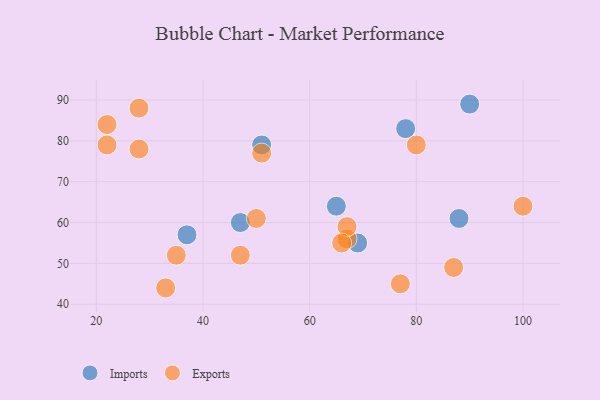
{"axis": {"x": "GDP", "y": "Life Expectancy"}, "legend": ["Exports", "Imports"], "data": [{"x": "47", "y": 60, "type": "Imports"}, {"x": "88", "y": 61, "type": "Imports"}, {"x": "37", "y": 57, "type": "Imports"}, {"x": "65", "y": 64, "type": "Imports"}, {"x": "69", "y": 55, "type": "Imports"}, {"x": "78", "y": 83, "type": "Imports"}, {"x": "90", "y": 89, "type": "Imports"}, {"x": "51", "y": 79, "type": "Imports"}, {"x": "51", "y": 77, "type": "Exports"}, {"x": "33", "y": 44, "type": "Exports"}, {"x": "67", "y": 56, "type": "Exports"}, {"x": "67", "y": 59, "type": "Exports"}, {"x": "66", "y": 55, "type": "Exports"}, {"x": "47", "y": 52, "type": "Exports"}, {"x": "28", "y": 88, "type": "Exports"}, {"x": "22", "y": 79, "type": "Exports"}, {"x": "28", "y": 78, "type": "Exports"}, {"x": "35", "y": 52, "type": "Exports"}, {"x": "87", "y": 49, "type": "Exports"}, {"x": "100", "y": 64, "type": "Exports"}, {"x": "80", "y": 79, "type": "Exports"}, {"x": "77", "y": 45, "type": "Exports"}, {"x": "50", "y": 61, "type": "Exports"}, {"x": "22", "y": 84, "type": "Exports"}]}